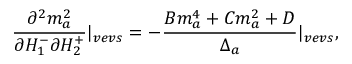
\frac { \partial ^ { 2 } m _ { a } ^ { 2 } } { \partial H _ { 1 } ^ { - } \partial H _ { 2 } ^ { + } } | _ { v e v s } = - \frac { B m _ { a } ^ { 4 } + C m _ { a } ^ { 2 } + D } { \Delta _ { a } } | _ { v e v s } ,